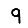
Digit: 9